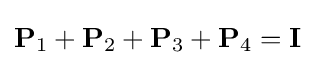
\mathbf {P} _{1}+\mathbf {P} _{2}+\mathbf {P} _{3}+\mathbf {P} _{4}=\mathbf {I}